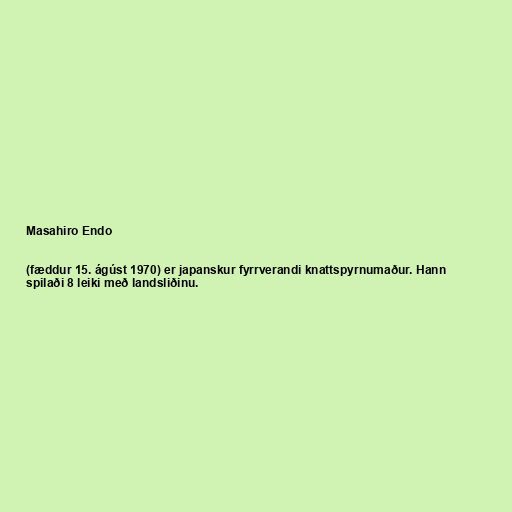
Masahiro Endo

(fæddur 15. ágúst 1970) er japanskur fyrrverandi knattspyrnumaður. Hann
spilaði 8 leiki með landsliðinu.